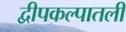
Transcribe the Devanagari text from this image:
द्वीपकल्पातली